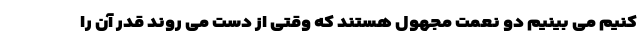
کنیم می بینیم دو نعمت مجهول هستند که وقتی از دست می روند قدر آن را